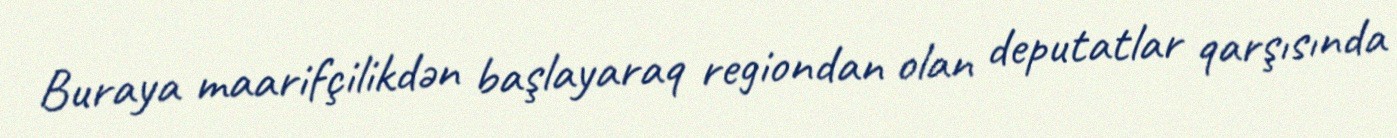
Buraya maarifçilikdən başlayaraq regiondan olan deputatlar qarşısında